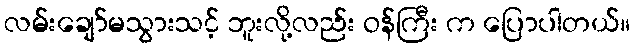
လမ်းချော်မသွားသင့် ဘူးလို့လည်း ဝန်ကြီး က ပြောပါတယ်။